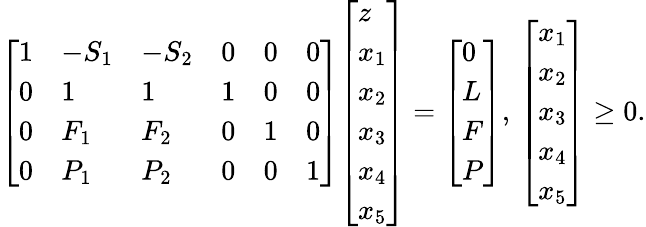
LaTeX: {\left[\begin{array}{llllll}{1}&{-S_{1}}&{-S_{2}}&{0}&{0}&{0}\\ {0}&{1}&{1}&{1}&{0}&{0}\\ {0}&{F_{1}}&{F_{2}}&{0}&{1}&{0}\\ {0}&{P_{1}}&{P_{2}}&{0}&{0}&{1}\end{array}\right]}{\left[\begin{array}{l}{z}\\ {x_{1}}\\ {x_{2}}\\ {x_{3}}\\ {x_{4}}\\ {x_{5}}\end{array}\right]}={\left[\begin{array}{l}{0}\\ {L}\\ {F}\\ {P}\end{array}\right]},\, {\left[\begin{array}{l}{x_{1}}\\ {x_{2}}\\ {x_{3}}\\ {x_{4}}\\ {x_{5}}\end{array}\right]}\geq 0.